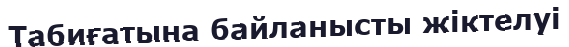
Табиғатына байланысты жіктелуі